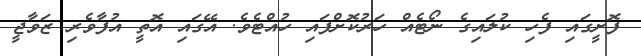
ފޮށީގައި ފެހި ކުލައިގެ ނޯޓެއް ހަރުކޮށްފައި ހުއްޓެވެ. އޭގައި އޮތީ އުފާވެރި ޒަވާޖީ